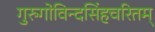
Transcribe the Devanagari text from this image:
गुरुगोविन्दसिंहचरितम्